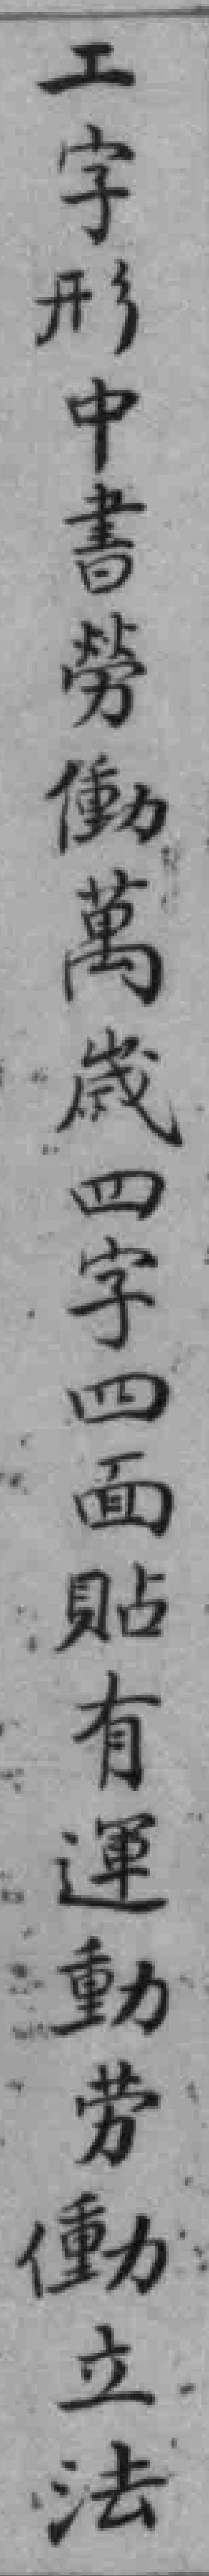
工字形中書勞働萬歲四字四面貼有運動劳動立法